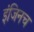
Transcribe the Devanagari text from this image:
इंजिनच